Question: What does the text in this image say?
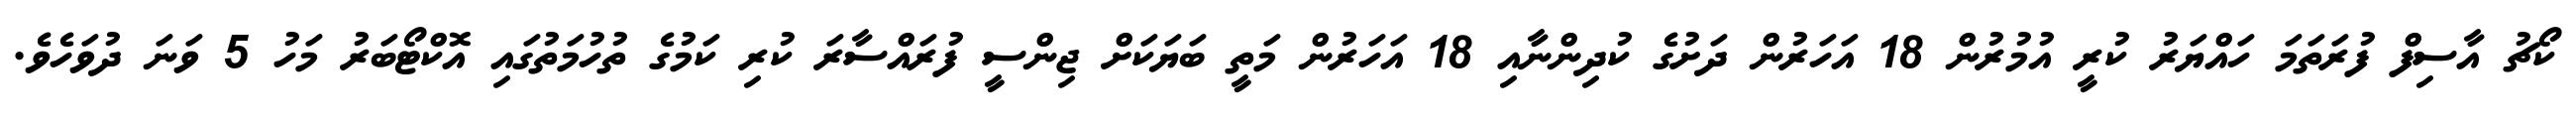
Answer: ކޯޗު އާސިފް ފުރަތަމަ ހައްޔަރު ކުރީ އުމުރުން 18 އަހަރުން ދަށުގެ ކުދިންނާއި 18 އަހަރުން މަތީ ބަޔަކަށް ޖިންސީ ފުރައްސާރަ ކުރި ކަމުގެ ތުހުމަތުގައި އޮކްޓޯބަރު މަހު 5 ވަނަ ދުވަހެވެ.